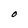
Character: O